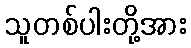
သူတစ်ပါးတို့အား